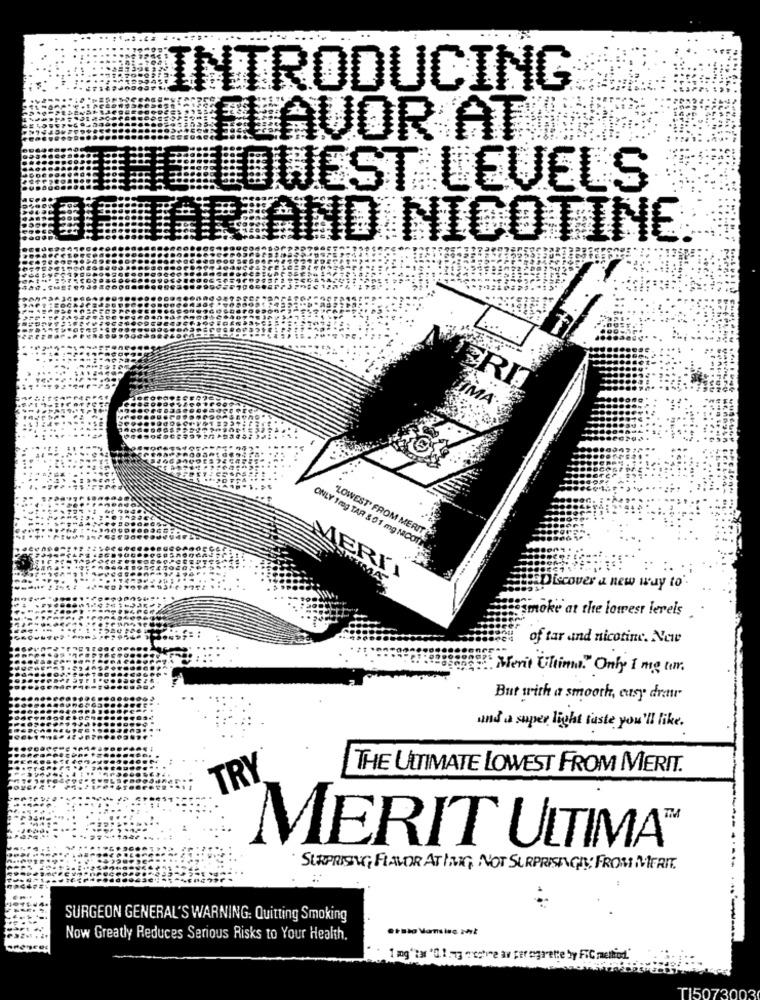
INTRODUCING
FLAVOR AT
THE LOWEST LEVELS
OF TAR AND NICOTINE
ERIA
ONLY Trag TAR $ 01 mg NICOT
"LOWEST FROM MERIT
Discover a new way to'.
smoke at the lowest lereis
of tar and nicotine. Nowe
Mert Ultima" Only I mg um.
But with a smooth, easy drar
and a super light taste you'll like.
TRY
THE ULTIMATE LOWEST FROM MERIT.
MERIT ULTIMA®
SURPRISING FLAVOR ATING NOT SURPRISING FROM MFRIT.
SURGEON GENERAL'S WARNING: Quitting Smoking
Now Greatly Reduces Serious Risks to Your Health.
1 mg har "01 "g "estime av peregrete by FIC method"
TI5073003